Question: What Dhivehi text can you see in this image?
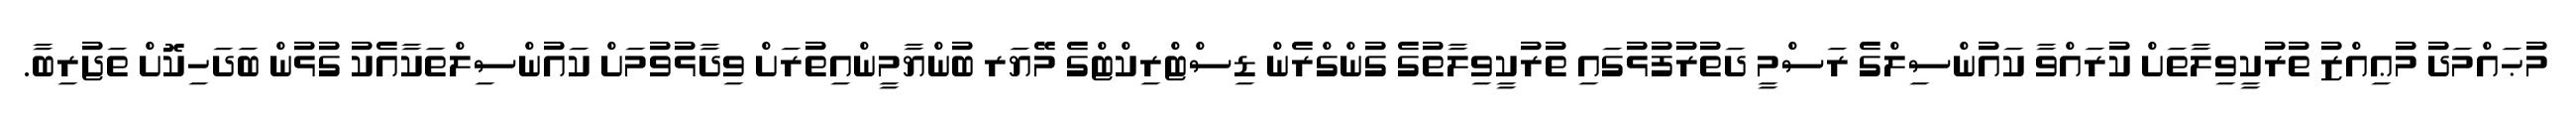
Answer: މުޙައްމަދު މުޢިއްޒު ތުރުކީވިލާތަށް ކުރައްވާ ކައުންސިލްގެ ރަސްމީ ދަތުރުފުޅުގައި ތުރުކީވިލާތުގެ ގުންގްރެން ޑިސްޓްރިކްޓްގެ މޭޔަރ ބުންޔާމީންއިތުރަށް ވިދާޅުވުމަށް ކައުންސިލްތަކާއެކު ގުޅުން ބަދަހިކޮށް ތަޖުރިބާ.